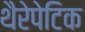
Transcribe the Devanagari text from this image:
थैरेपेटिक